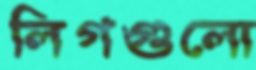
লিগগুলো